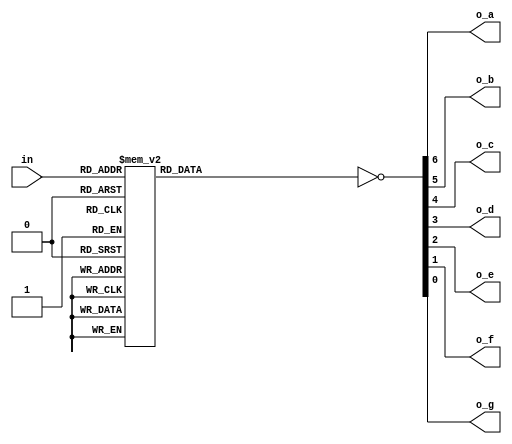


/*
	Project name: 
		Binary Adder to 7Segment Display
		
	Description:
		This project will light up the DE1-SoC board 7Segment Display according to the board's switches positions.
		It should work on other boards according to the number of switches present.
		The default size of the input bus is 4, and it will display a hexadecimal value between 0x0 and 0xF (decimal 15).
		
		{dot, a,b,c,d,e,f,g} = hex_7seg_decoder(in[3:0]); (the 7Segment Display gets the value of the switch)
		
    
*/

module hex_7seg_decoder
   // Parameters section
   #( parameter COMMON_ANODE_CATHODE = 0) // 0 for common Anode / 1 for common cathode
   // Ports section
   (
    input  [3:0]in,
    output o_a,
	output o_b,
    output o_c,
    output o_d,
    output o_e,
    output o_f,
    output o_g
    //output dot          // optional - NOT used on DE1-SoC board
    );
	
	// Internal logic
	reg a,b,c,d,e,f,g;
	
	// Use concatenation to pass values to all outputs in the same time
	always @(*) begin
		case (in)
		4'd0 : {a,b,c,d,e,f,g} = 7'b1111110; // common cathode value
		4'd1 : {a,b,c,d,e,f,g} = 7'b0110000;
		4'd2 : {a,b,c,d,e,f,g} = 7'b1101101; 
		4'd3 : {a,b,c,d,e,f,g} = 7'b1111001;
		4'd4 : {a,b,c,d,e,f,g} = 7'b0110011;
		4'd5 : {a,b,c,d,e,f,g} = 7'b1011011;  
		4'd6 : {a,b,c,d,e,f,g} = 7'b1011111;
		4'd7 : {a,b,c,d,e,f,g} = 7'b1110000;
		4'd8 : {a,b,c,d,e,f,g} = 7'b1111111;
		4'd9 : {a,b,c,d,e,f,g} = 7'b1111011;
		4'd10: {a,b,c,d,e,f,g} = 7'b1110111; 
		4'd11: {a,b,c,d,e,f,g} = 7'b0011111;
		4'd12: {a,b,c,d,e,f,g} = 7'b1001110;
		4'd13: {a,b,c,d,e,f,g} = 7'b0111101;
		4'd14: {a,b,c,d,e,f,g} = 7'b1001111;
		4'd15: {a,b,c,d,e,f,g} = 7'b1000111;
	    default : {a,b,c,d,e,f,g} = 7'b1111110; // best practice
	    endcase
    end
	
	assign {o_a, o_b, o_c, o_d, o_e, o_f, o_g} = COMMON_ANODE_CATHODE ? {a,b,c,d,e,f,g} : ~{a,b,c,d,e,f,g};
	
    // If you want the dot open assign 0 to it otherwise 1
    //assign dot = 1'b1;

endmodule